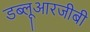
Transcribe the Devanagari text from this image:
डब्लूआरजीबी